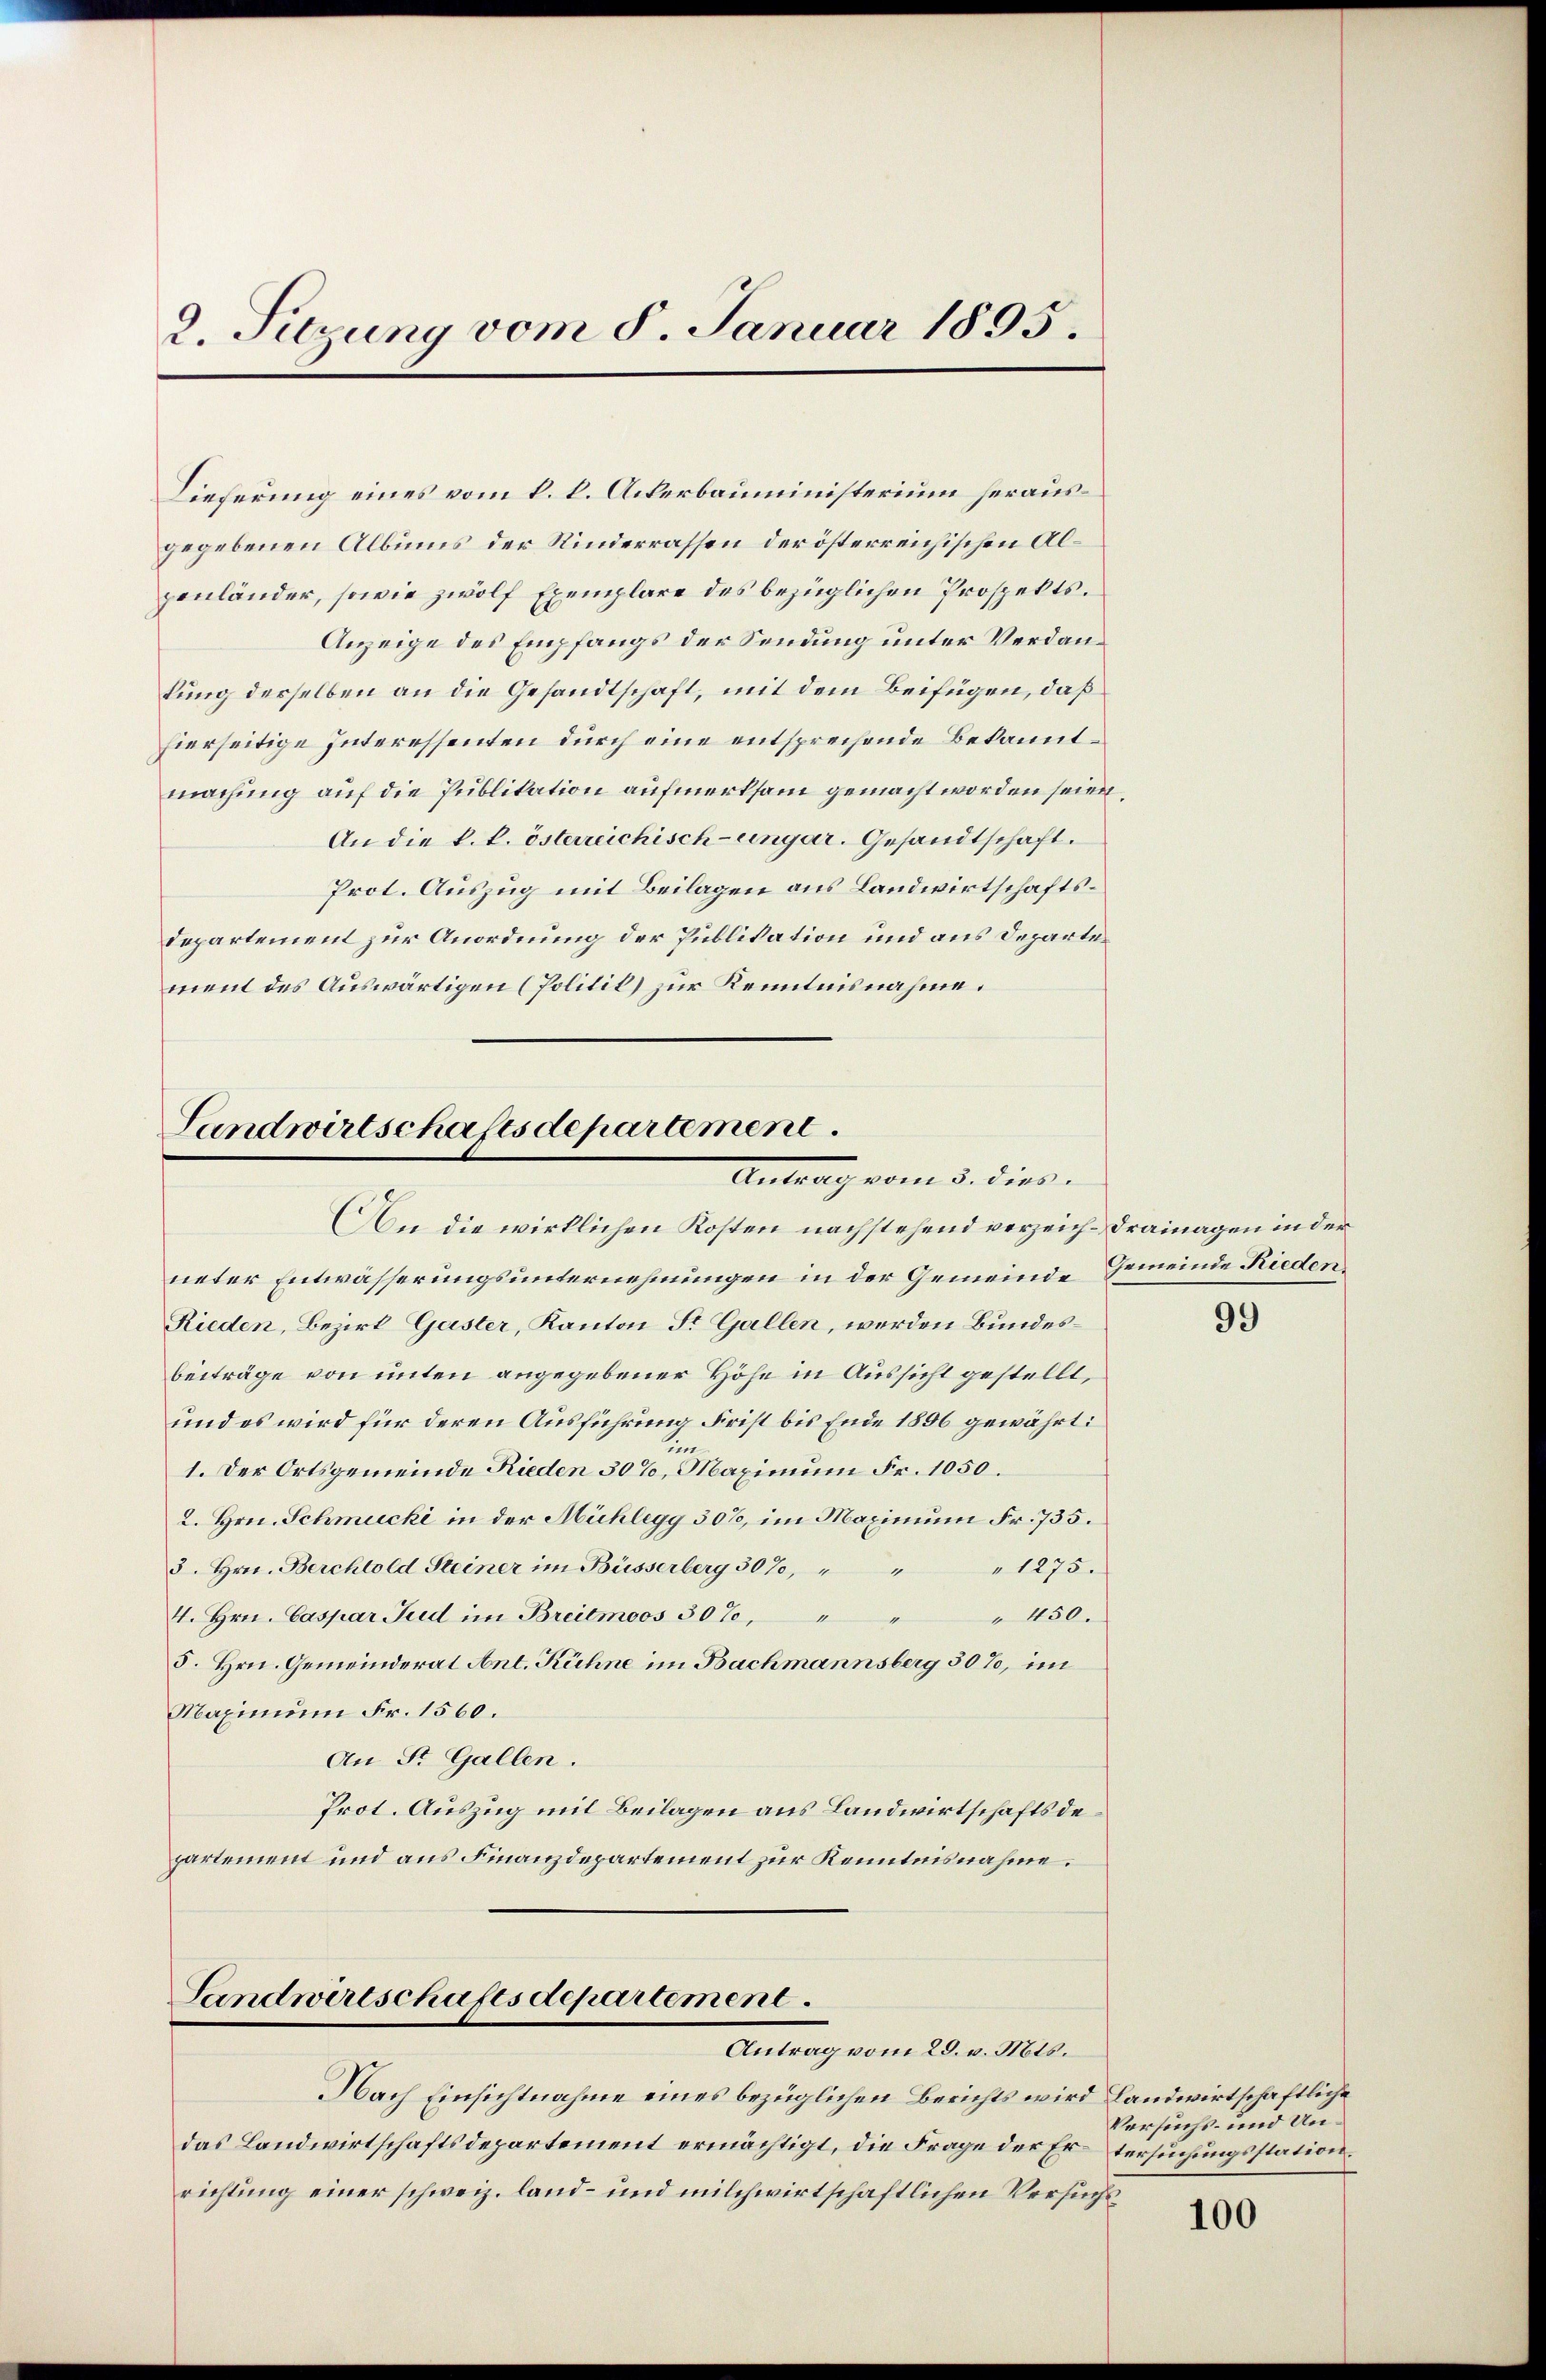
2. Sitzung vom 8. Januar 1895.

Lieferung eines vom k. k. Ackerbauministerium herausgegebenen Albums der Rinderrassen der österreichischen Alpenländer, sowie zwölf Exemplare des bezüglichen Prospekts.
Anzeige des Empfangs der Sendung unter Verdankung derselben an die Gesandtschaft, mit dem Beifügen, daß
hierseitige Interessenten durch eine entsprechende Bekanntmachung auf die Publikation aufmerksam gemacht worden seien,
An die k. k. österreichisch-ungar. Gesandtschaft.
Prot. Auszug mit Beilagen aus Landwirtschafts¬
Departement zur Anordnung der Publikation und aus Departement des Auswärtigen (Politik) zur Kenntnisnahme.

Landwirtschaftsdepartement.
Antrag vom 3. dies

An die wirklichen Kosten nachstehend verzeich-Drainagen in der
neter Entwässerungsunternehmungen in der Gemeinde Gemeinde Rieden¬
Rieden, Bezirk Gaster, Kanton St. Gallen, werden Bundesbeiträge von unten angegebener Höhe in Aussicht gestellt,
und es wird für deren Ausführung Frist bis Ende 1896 gewährt:
in
1. Der Ortsgemeinde Rieden 30%, Maximum Fr. 1050.
2. Hrn. Schmucki in der Mühlegg 30%, im Maximum Fr. 735.
"1275.
5. Hrn. Berchtold Steiner im Büsserberg 30%, " "
4. Hrn. Caspar Jud im Breitmoos 30%,
" 450.
5. Hrn. Gemeinderat Ant. Rühne im Bachmannsberg 30%, im
Maximum Fr. 1560.
An St. Gallen.
Prot. Auszug mit Beilagen aus Landwirtschaftsdepartement und aus Finanzdepartement zur Kenntnisnahme.

Landwirtschafes departement.
Antrag vom 29. v. Mts.

Nach Einsichtnahme eines bezüglichen Berichts wird Landwirtschaftliche
das Landwirtschaftsdepartement ermächtigt, die Frage der Er-tersuchungsstation.
richtung einer schweiz. land- und milchwirtschaftlichen Versuchs

99

Versuchs- und Un¬

100